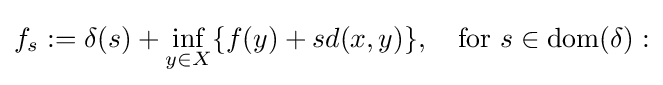
f_{s}:=\delta (s)+\inf _{y\in X}\{f(y)+sd(x,y)\},\quad \mathrm {for} \ s\in \mathrm {dom} (\delta ):